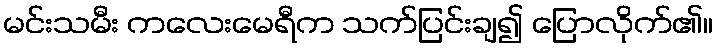
မင်းသမီး ကလေးမေရီက သက်ပြင်းချ၍ ပြောလိုက်၏။